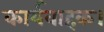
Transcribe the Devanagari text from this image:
कार्यवाहक।